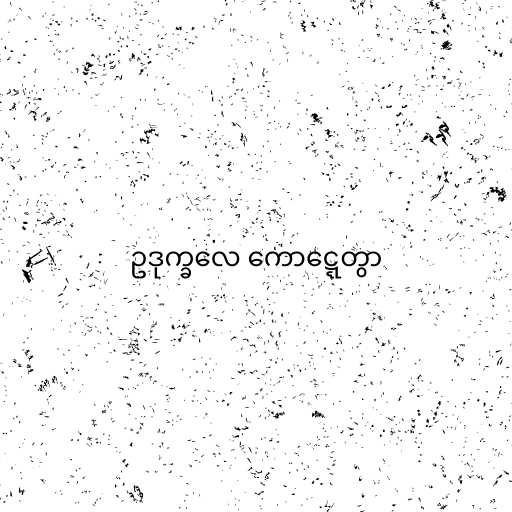
ဥဒုက္ခလေ ကောဋ္ဋေတွာ